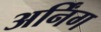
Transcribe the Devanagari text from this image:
अर्निंग